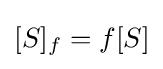
[S]_{f}=f[S]